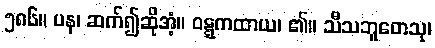
၅၈၆။ ပန၊ ဆက်၍ဆိုအံ့။ ဝဋ္ဋကထာယ၊ ၏။ သီသဘူတေသု၊